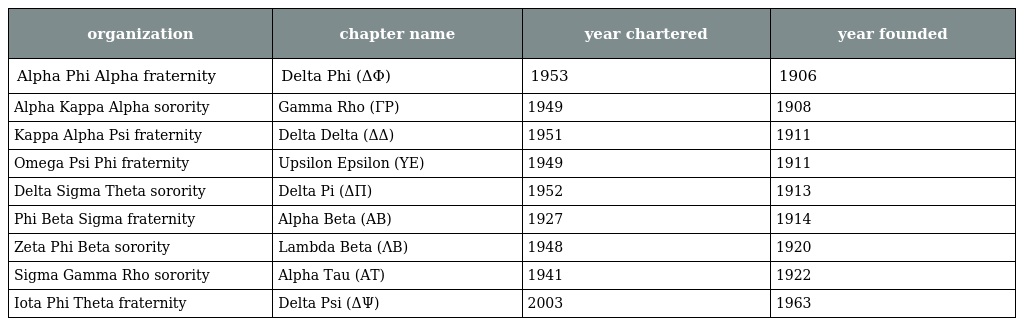
| organization | chapter name | year chartered | year founded |
 | --- | --- | --- | --- |
 | Alpha Phi Alpha fraternity | Delta Phi (ΔΦ) | 1953 | 1906 |
 | Alpha Kappa Alpha sorority | Gamma Rho (ΓP) | 1949 | 1908 |
 | Kappa Alpha Psi fraternity | Delta Delta (ΔΔ) | 1951 | 1911 |
 | Omega Psi Phi fraternity | Upsilon Epsilon (ΥE) | 1949 | 1911 |
 | Delta Sigma Theta sorority | Delta Pi (ΔΠ) | 1952 | 1913 |
 | Phi Beta Sigma fraternity | Alpha Beta (AB) | 1927 | 1914 |
 | Zeta Phi Beta sorority | Lambda Beta (ΛB) | 1948 | 1920 |
 | Sigma Gamma Rho sorority | Alpha Tau (AT) | 1941 | 1922 |
 | Iota Phi Theta fraternity | Delta Psi (ΔΨ) | 2003 | 1963 |